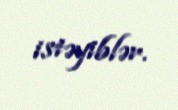
istəyiblər.